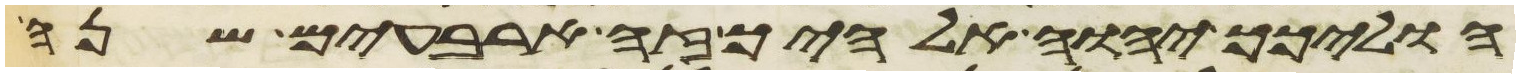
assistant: הוליכך יהוה אלהיך זה ארבעים שנה